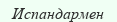
Испандармен